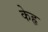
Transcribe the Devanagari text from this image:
केहृ